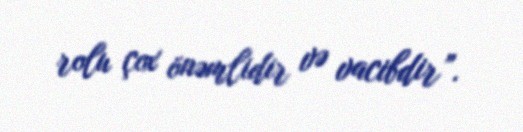
rolu çox önəmlidir və vacibdir”.